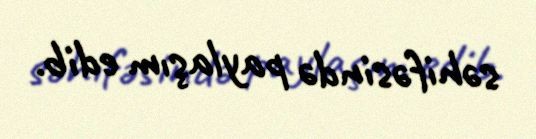
səhifəsində paylaşım edib.